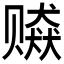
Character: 𰷫